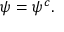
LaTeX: \psi = \psi ^ { c } .